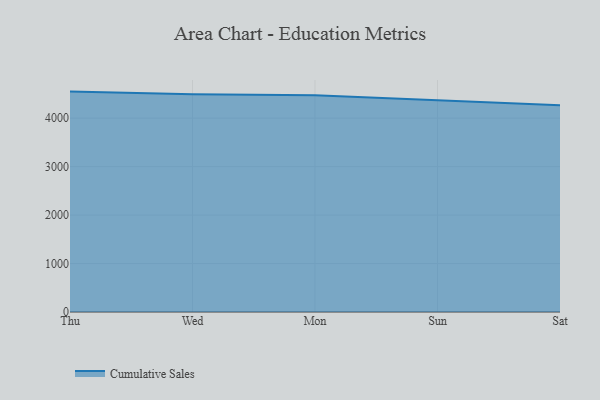
{"axis": {"x": "Day", "y": "Latency (ms)"}, "legend": ["Cumulative Sales"], "data": [{"x": "Thu", "y": 4548.6, "type": "Cumulative Sales"}, {"x": "Wed", "y": 4493.1, "type": "Cumulative Sales"}, {"x": "Mon", "y": 4473.1, "type": "Cumulative Sales"}, {"x": "Sun", "y": 4370.7, "type": "Cumulative Sales"}, {"x": "Sat", "y": 4268.1, "type": "Cumulative Sales"}]}